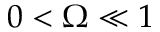
0 < \Omega \ll 1